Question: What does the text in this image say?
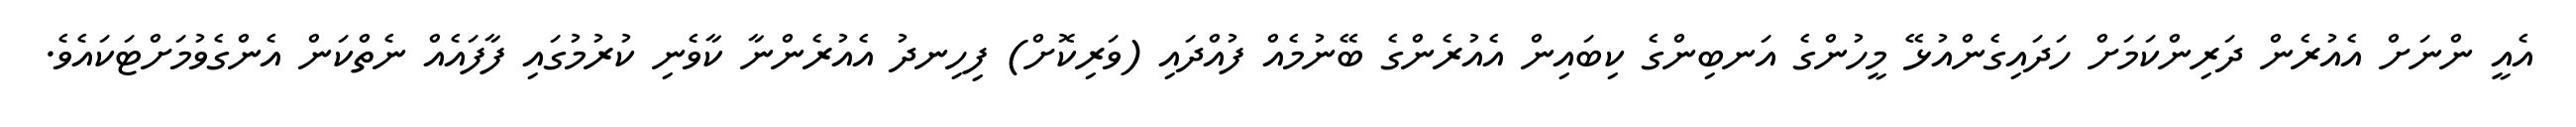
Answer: އެއީ ންނަށް އެއުރެން ދަރިންކަމަށް ހަދައިގެންއުޅޭ މީހުންގެ އަނބިންގެ ކިބައިން އެއުރެންގެ ބޭނުމެއް ފުއްދައި (ވަރިކޮށް) ފިހިނދު އެއުރެންނާ ކާވެނި ކުރުމުގައި ފާފައެއް ނެތްކަން އެންގެވުމަށްޓަކައެވެ.